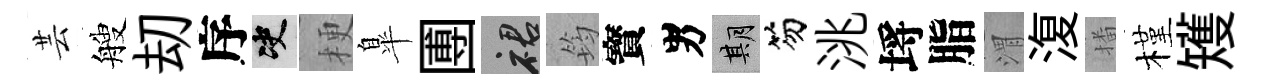
芸艘刧序决梗臯圑裙筠寳男期笏洮埓脂渭𣸪播槿矱